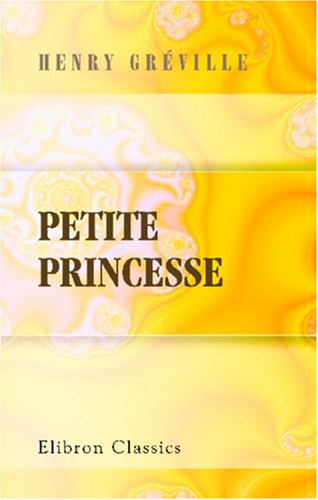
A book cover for Petite princesse (French Edition); Henry GrÃ©ville; Children's Books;